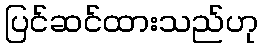
ပြင်ဆင်ထားသည်ဟု